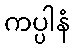
ကပ္ပါနံ